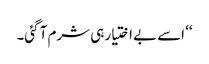
‘‘ اسے بے اختیار ہی شرم آ گئی۔